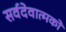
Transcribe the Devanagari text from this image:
सर्वदेवात्मको